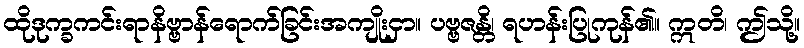
ထိုဒုက္ခကင်းရာနိဗ္ဗာန်ရောက်ခြင်းအကျိုးငှာ။ ပဗ္ဗဇန္တိ၊ ရဟန်းပြုကုန်၏။ ဣတိ၊ ဤသို့။